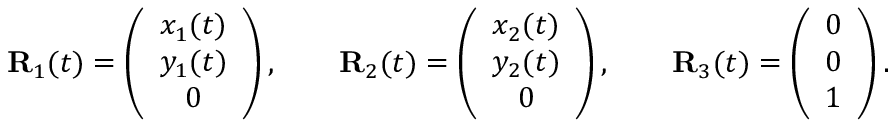
\begin{array} { r } { { \bf R } _ { 1 } ( t ) = \left( \begin{array} { c } { x _ { 1 } ( t ) } \\ { y _ { 1 } ( t ) } \\ { 0 } \end{array} \right) , \qquad { \bf R } _ { 2 } ( t ) = \left( \begin{array} { c } { x _ { 2 } ( t ) } \\ { y _ { 2 } ( t ) } \\ { 0 } \end{array} \right) , \qquad { \bf R } _ { 3 } ( t ) = \left( \begin{array} { c } { 0 } \\ { 0 } \\ { 1 } \end{array} \right) . } \end{array}